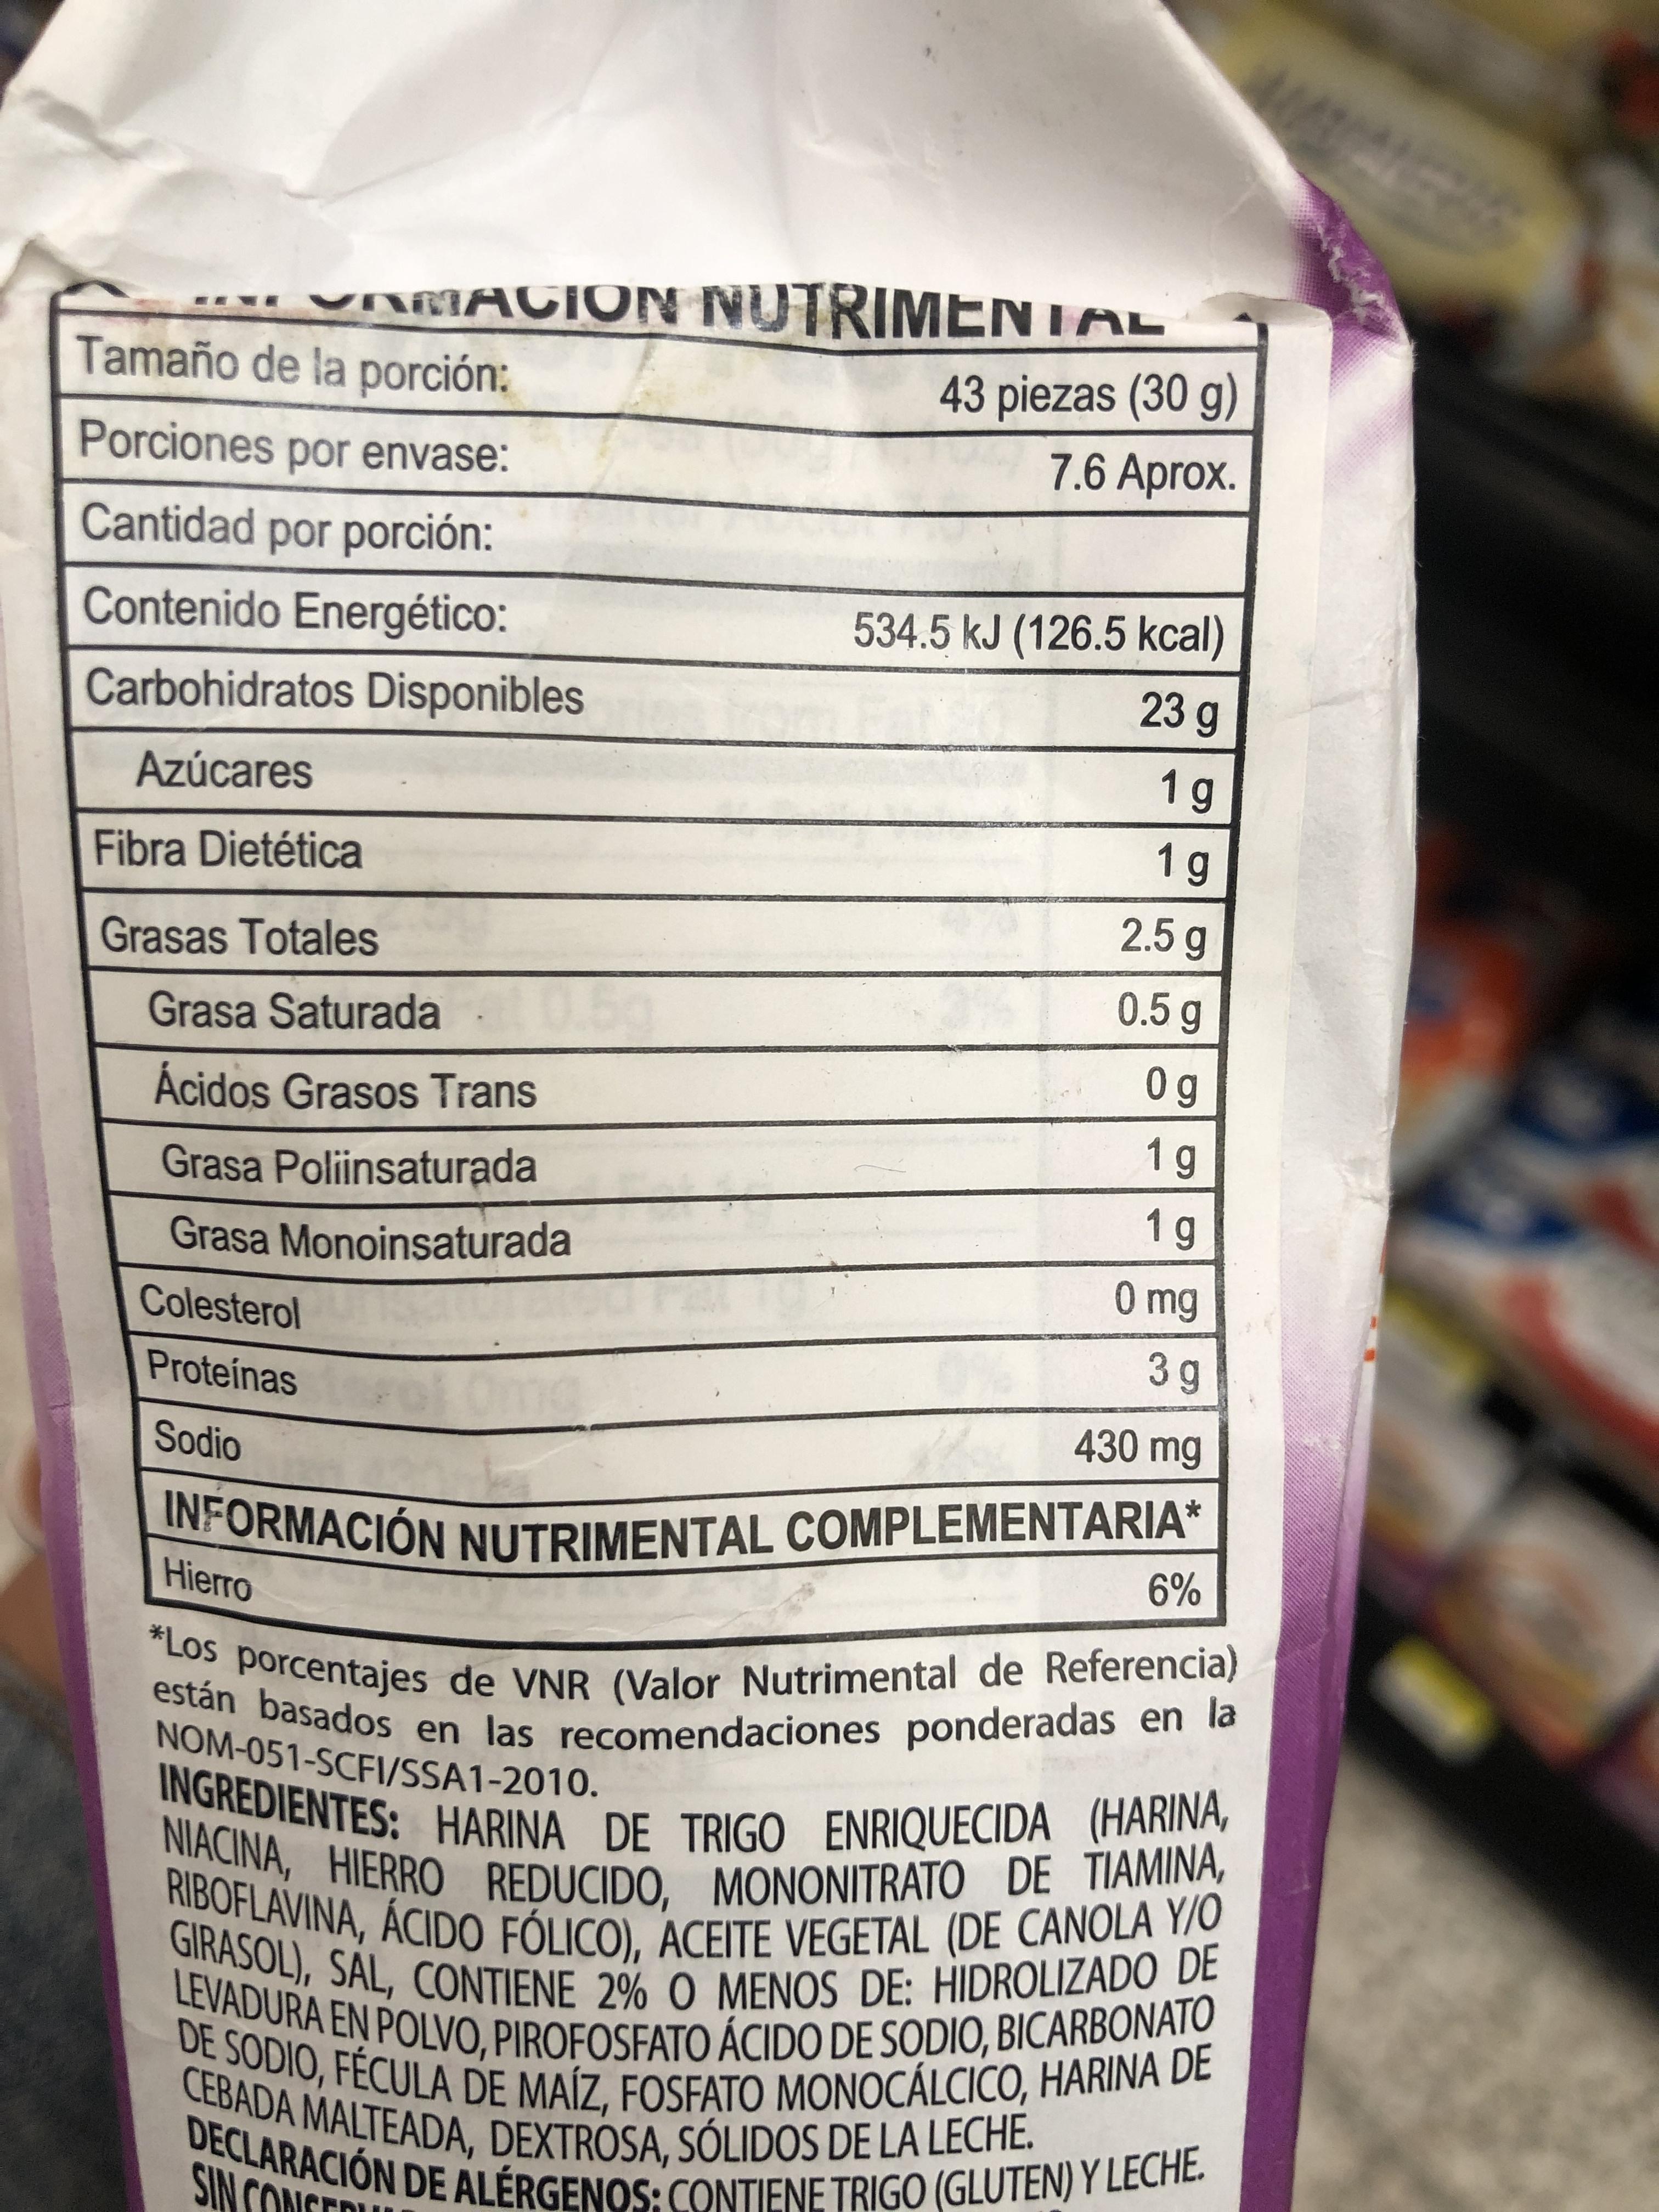
VRRACION NUTRIMENTAL 43 piezas (30 g) Tamaño de la porción: 7.6 Aprox. Porciones por envase: Cantidad por porción: 534.5 kJ (126.5 kcal) Contenido Energético: 23 g Carbohidratos Disponibles 1g Azúcares 1 g Fibra Dietética 2.5g Grasas Totales 0.5 g 0.5 Grasa Saturada O g Ácidos Grasos Trans 19 Grasa Poliinsaturada 1g Grasa Monoinsaturada 0 mg Colesterol 3 g Proteinas ot0 430 mg Sodio INFORMACIÓN NUTRIMENTAL COMPLEMENTARIA* 6% Hierro *Los porcentajes de VNR (Valor Nutrimental de Referencia) están basados en las recomendaciones ponderadas en la NM-051-SCFI/SSA1-2010. INGREDIENTES: HARINA DE TRIGO ENRIQUECIDA (HARINA, NIACINA, HIERRO REDUCIDO, MONONITRATO DE TIAMINA, RIBOFLAVINA, ÁCIDO FÓLICO), ACEITE VEGETAL (DE CANOLA Y/O GIRASOL), SAL, CONTIENE 2% O MENOS DE: HIDROLIZADO DE LEVADURA EN POLVO, PIROFOSFATO ÁCIDO DE SODIO, BICARBONATO DE SODIO, FÉCULA DE MAÍZ, FOSFATO MONOCÁLCICO, HARINA DE CEBADA MALTEADA, DEXTROSA, SÓLIDOS DE LA LECHE. DECLARACIÓN DE ALÉRGENOS: CONTIENE TRIGO (GLUTEN) Y LECHE. SIN COMST